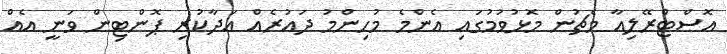
އޮސްޓްރޭލިއާ މެޗުން މޮޅުވުމުގައި އެންމެ މުހިންމު ދައުރެއް އަދާކުރި ޕޮންޓިން ވަނީ އެއް